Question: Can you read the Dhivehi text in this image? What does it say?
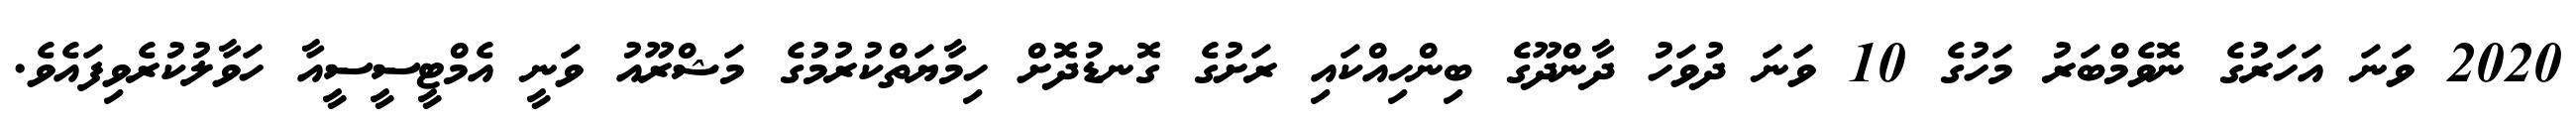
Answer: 2020 ވަނަ އަހަރުގެ ނޮވެމްބަރު މަހުގެ 10 ވަނަ ދުވަހު ދާންދޫގެ ބިންހިއްކައި ރަށުގެ ގޮނޑުދޮށް ހިމާޔަތްކުރުމުގެ މަޝްރޫއު ވަނީ އެމްޓީސީސީއާ ހަވާލުކުރެވިފައެވެ.